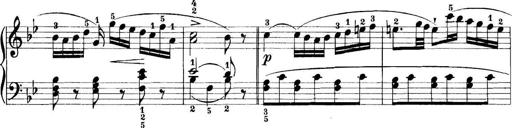
Title: 11 Sonatinas
Composer: Anton Diabelli